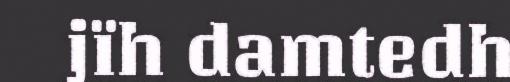
jïh damtedh